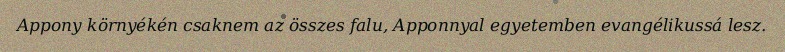
Appony környékén csaknem az összes falu, Apponnyal egyetemben evangélikussá lesz.